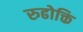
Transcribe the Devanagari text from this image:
रुढोक्ति